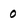
Character: 0